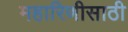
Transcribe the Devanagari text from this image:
महारिणीसाठी